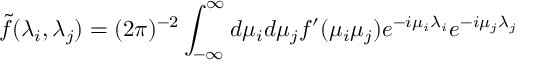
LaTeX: \tilde { f } ( \lambda _ { i } , \lambda _ { j } ) = ( 2 \pi ) ^ { - 2 } \int _ { - \infty } ^ { \infty } d \mu _ { i } d \mu _ { j } f ^ { \prime } ( \mu _ { i } \mu _ { j } ) e ^ { - i \mu _ { i } \lambda _ { i } } e ^ { - i \mu _ { j } \lambda _ { j } }